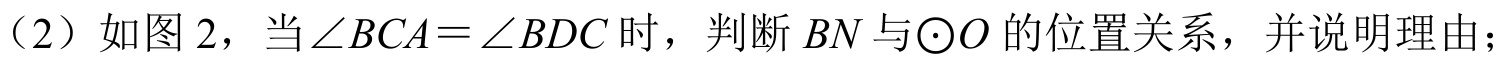
（2）如图 2，当\(\angle BCA=\angle BDC\)时，判断\(BN\)与\(\odot O\)的位置关系，并说明理由；